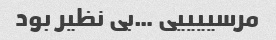
مرسییییی …بی نظیر بود